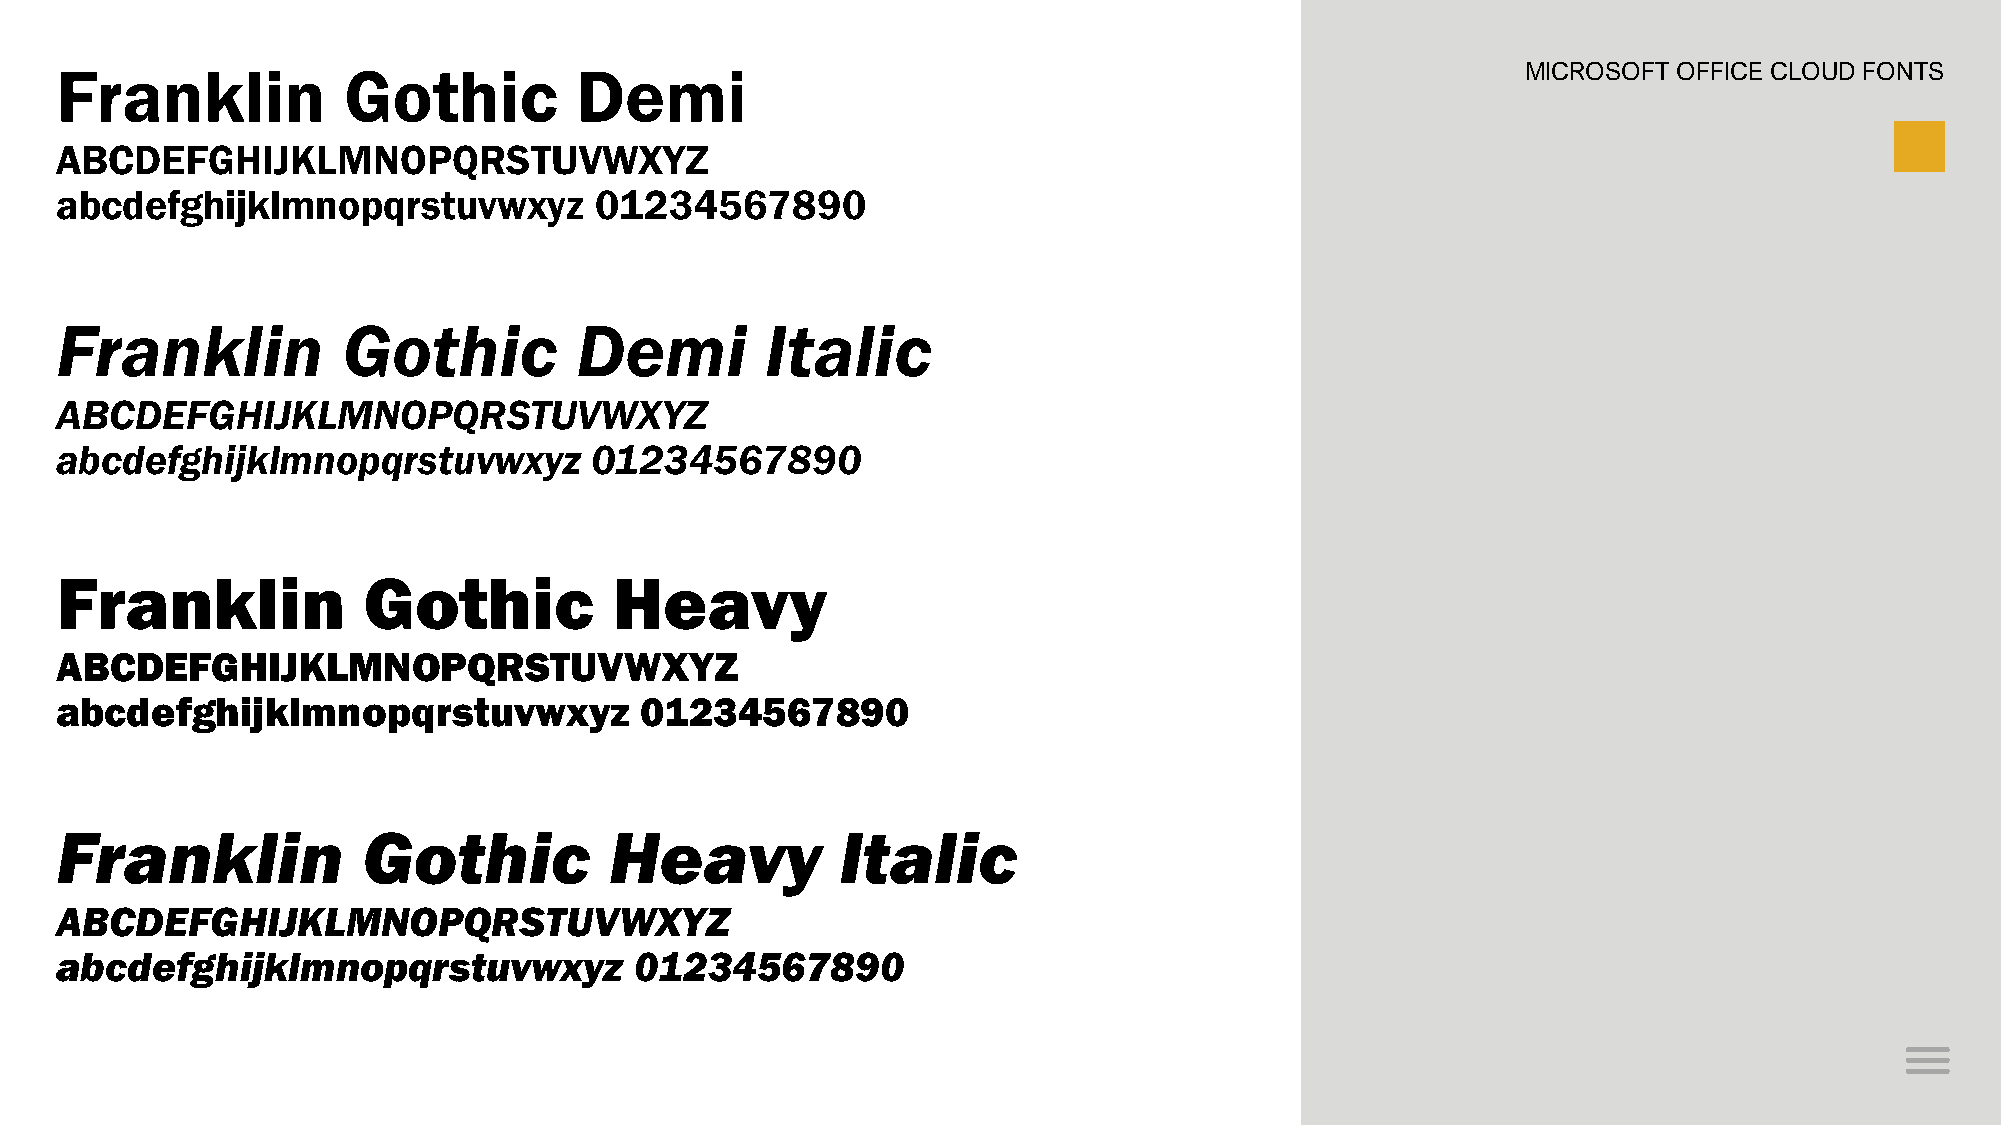
Franklin           Gothic         Demi                                                           MICROSOFT OFFICE CLOUD FONTS
 ABCDEFGHIJKLMNOPQRSTUVWXYZ
 abcdefghijklmnopqrstuvwxyz         01234567890
 Franklin           Gothic         Demi         Italic
 ABCDEFGHIJKLMNOPQRSTUVWXYZ
 abcdefghijklmnopqrstuvwxyz         01234567890
 Franklin            Gothic           Heavy
 ABCDEFGHIJKLMNOPQRSTUVWXYZ
 abcdefghijklmnopqrstuvwxyz            01234567890
 Franklin            Gothic          Heavy           Italic
 ABCDEFGHIJKLMNOPQRSTUVWXYZ
 abcdefghijklmnopqrstuvwxyz            01234567890